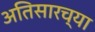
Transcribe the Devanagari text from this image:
अतिसारच्या